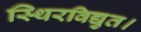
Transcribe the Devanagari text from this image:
स्थिरविद्युत।